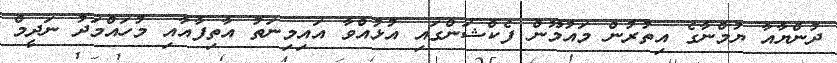
ދުންޔާއާ ޔުމްނާގެ އިތުރުން މައުމޫން ފެކްޝަންގައި އުޅުއްވާ އައިމިނަތު އާތިފާއާއި މުހައްމަދު ނަދީމް